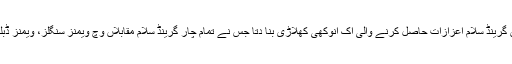
آسٹریلین اوپن وچ اس فتح نے آپ نو‏‏ں گرینڈ سلام اعزازات حاصل کرنے والی اک انوکھی کھلاڑی بنا دتا جس نے تمام چار گرینڈ سلام مقابلاں وچ ویمنز سنگلز، ویمنز ڈبلز تے مکسڈ ڈبلز تمام اعزازات جتے۔